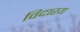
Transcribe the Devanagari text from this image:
विदारय